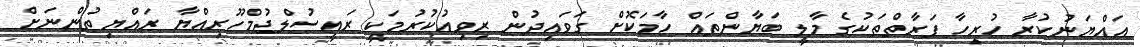
އައްޔަނުކުރާ ހުރިހާ ފަރާތްތަކުގެ މާލީ ބަޔާންތައް ހާމަކޮށް ގަވައިދުން ރިވިއުކުރުމަކީ ރައީސުލްޖުމްހޫރިއްޔާ ރައްޔިތުންނަށް